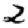
Digit: 2